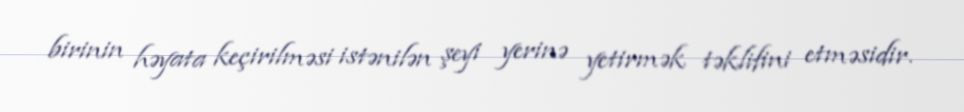
birinin həyata keçirilməsi istənilən şeyi yerinə yetirmək təklifini etməsidir.